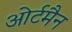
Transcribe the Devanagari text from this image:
ओर्टमैन